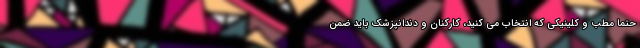
حتما مطب و کلینیکی که انتخاب می کنید، کارکنان و دندانپزشک باید ضمن